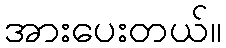
အားပေးတယ်။